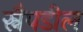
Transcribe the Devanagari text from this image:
स्नैपडील